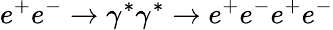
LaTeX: e^{+}e^{-}\to\gamma^{*}\gamma^{*}\to e^{+}e^{-}e^{+}e^{-}